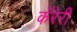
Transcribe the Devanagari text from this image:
कॅरेरी